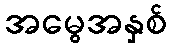
အမွေအနှစ်